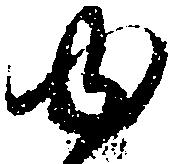
ゆ